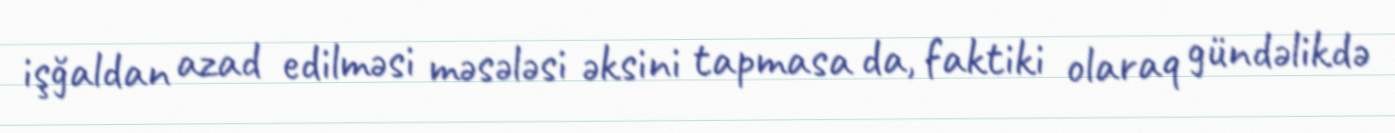
işğaldan azad edilməsi məsələsi əksini tapmasa da, faktiki olaraq gündəlikdə